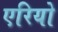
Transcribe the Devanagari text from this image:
एरियो